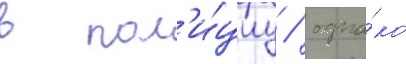
в пол'и́циу / одна́ко